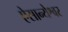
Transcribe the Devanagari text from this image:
ऐसान्येश्वर